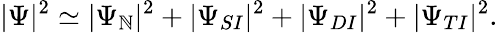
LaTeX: |\Psi|^{2}\simeq|\Psi_{\mathbb{N}}|^{2}+|\Psi_{SI}|^{2}+|\Psi_{DI}|^{2}+|\Psi_{TI}|^{2}.